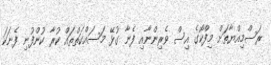
ރަސްމިއްޔާތަށް މިފްކޯގެ އިސް ވެރިންނާއި ފެނާ ގުޅޭ މަސައްކަތްތައް ކުރާ ކުންފުނި ފެނަކަ